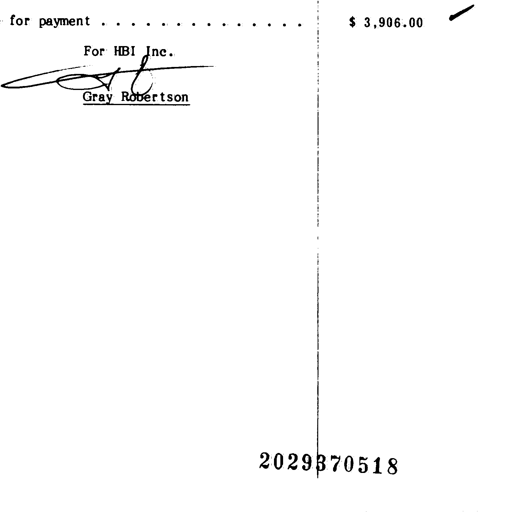
for payment . . . . . . . . . . . . . . . . . . . . . . . . . . . . . . . . . . . . . . . . . . . . . . . . $ 3,906.00 ✓
For HBI Inc.
Gray Robertson
Gray Robertson
2029370518